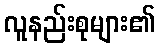
လူနည်းစုများ၏